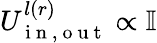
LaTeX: U_{\mathrm{~i~n~,~o~u~t~}}^{l(r)}\propto\mathbb{I}